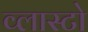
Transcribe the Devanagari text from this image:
व्लास्टो